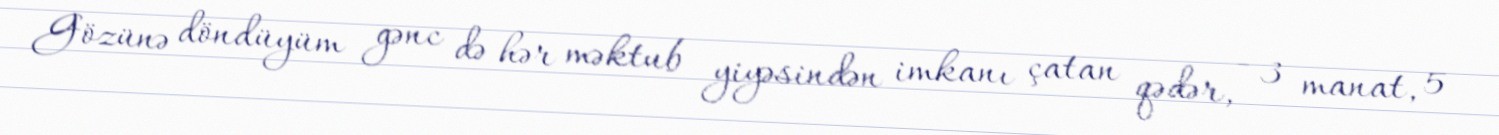
Gözünə döndüyüm gənc də hər məktub yiyəsindən imkanı çatan qədər, - 3 manat, 5